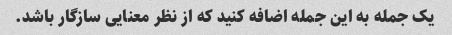
یک جمله به این جمله اضافه کنید که از نظر معنایی سازگار باشد.